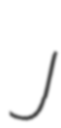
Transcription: J